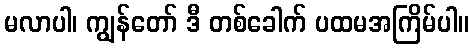
မလာပါ၊ ကျွန်တော် ဒီ တစ်ခေါက် ပထမအကြိမ်ပါ။